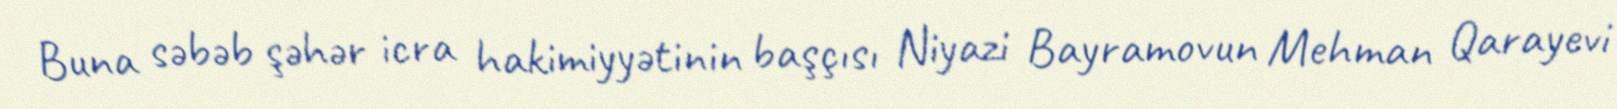
Buna səbəb şəhər icra hakimiyyətinin başçısı Niyazi Bayramovun Mehman Qarayevi